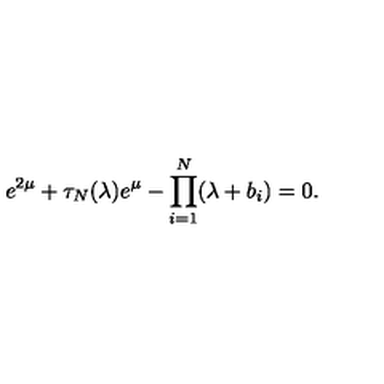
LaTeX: e ^ { 2 \mu } + \tau _ { N } ( \lambda ) e ^ { \mu } - \prod _ { i = 1 } ^ { N } ( \lambda + b _ { i } ) = 0 .